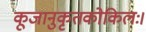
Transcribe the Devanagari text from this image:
कूजानुकृतकोकिलः।